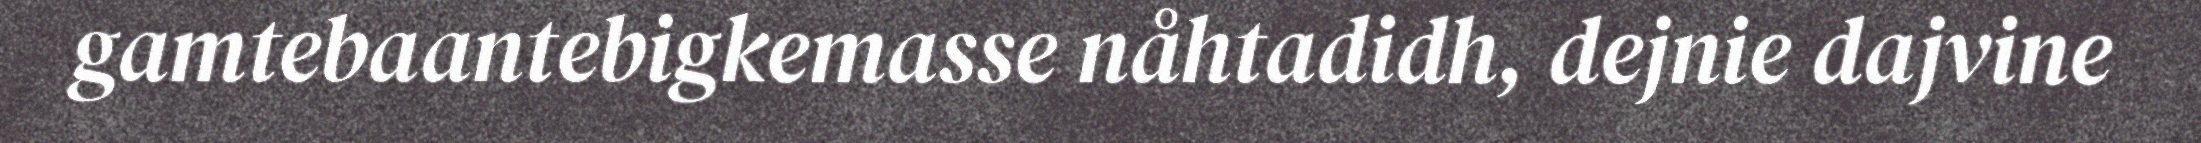
gamtebaantebigkemasse nåhtadidh, dejnie dajvine